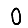
Digit: 0